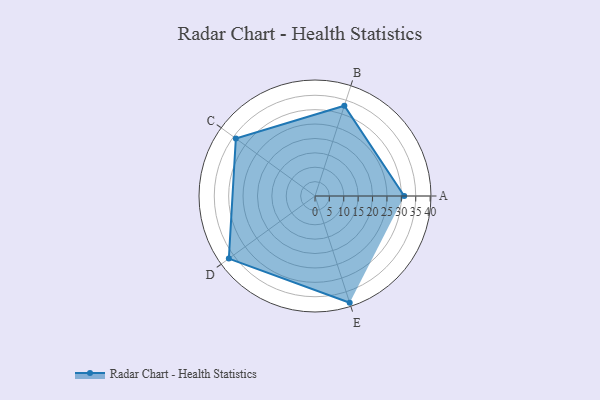
{"axis": {"x": "Skill", "y": "Score"}, "legend": ["Profile"], "data": [{"x": "A", "y": 31.0, "type": "Profile"}, {"x": "B", "y": 33.0, "type": "Profile"}, {"x": "C", "y": 34.0, "type": "Profile"}, {"x": "D", "y": 37.0, "type": "Profile"}, {"x": "E", "y": 39.0, "type": "Profile"}]}